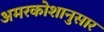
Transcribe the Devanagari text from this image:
अमरकोशानुसार